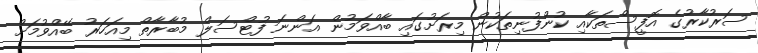
ސަރުކާރުގެ އޮފީސްތަކާއި ކުންފުނިތަކުން މިރަށުގައި ބާއްވަމުން އަންނަ ފުޓްސަލް މުބާރާތް މިއަހަރު ބޭއްވުމަށް